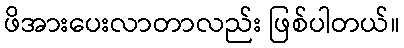
ဖိအားပေးလာတာလည်း ဖြစ်ပါတယ်။